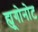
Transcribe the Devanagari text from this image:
ह्यूगोनोट